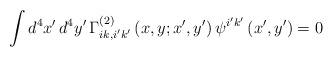
LaTeX: \begin{align*}\int d^{4}x^{\prime }\,d^{4}y^{\prime }\,\Gamma _{ik,i^{\prime }k^{\prime}}^{\left( 2\right) }\left( x,y;x^{\prime },y^{\prime }\right) \psi^{i^{\prime }k^{\prime }}\left( x^{\prime },y^{\prime }\right) =0\end{align*}